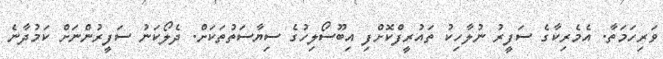
ވަރިހަމަތާ. އެމެރިކާގެ ސަފީރު ނުލާހިކު ތައުރީފްކޮށްފި އިބޫސޯލިހުގެ ސިޔާސަތުތަކަށް. ދެލޯކަނު ސަފީރުންނަށް ކަމުދާނެ